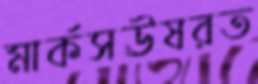
মার্কসঊষরত